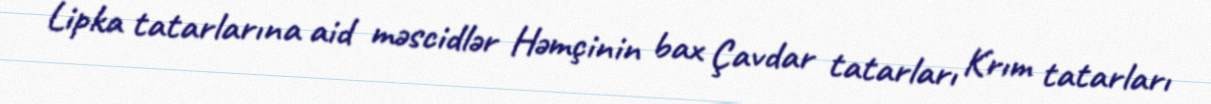
Lipka tatarlarına aid məscidlər Həmçinin bax Çavdar tatarları Krım tatarları